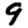
Digit: 9